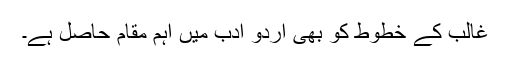
غالب کے خطوط کو بھی اردو ادب میں اہم مقام حاصل ہے۔